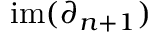
\mathrm { i m } ( \partial _ { n + 1 } )